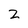
Character: 2